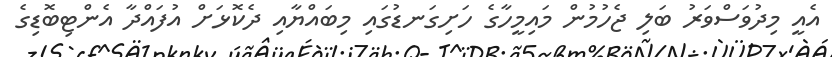
އެއީ މިދުވަސްވަރު ބަލި ޖެހުމުން މައިމީހާގެ ހަށިގަނޑުގައި މިބައްޔާއި ދެކޮޅަށް އުފައްދާ އެންޓިބޮޑިގެ